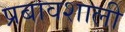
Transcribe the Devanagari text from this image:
प्रबावशाली